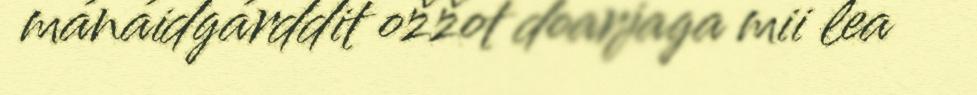
mánáidgárddit ožžot doarjaga mii lea